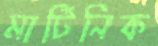
মার্টিনিক